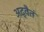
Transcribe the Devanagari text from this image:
अद्वैतं